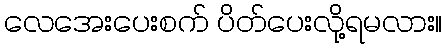
လေအေးပေးစက် ပိတ်ပေးလို့ရမလား။